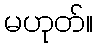
မဟုတ်။